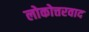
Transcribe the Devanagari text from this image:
लोकोत्तरवाद